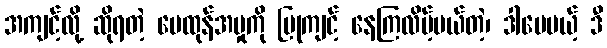
အကျင့်လို့ ဆိုရတဲ့ မေထုန်အမှုကို ပြုကျင့် နေကြလိမ့်မယ်တဲ့၊ ဒါပေမယ့် ဒီ